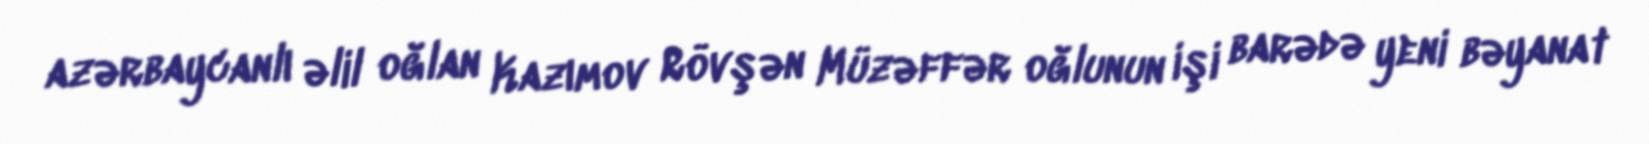
azərbaycanlı əlil oğlan Kazımov Rövşən Müzəffər oğlunun işi barədə yeni bəyanat